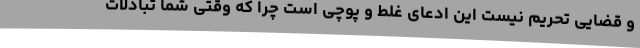
و قضایی تحریم نیست این ادعای غلط و پوچی است چرا که وقتی شما تبادلات